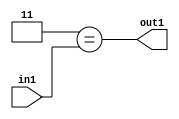
`timescale 1ps / 1ps
/*****************************************************************************
    Verilog RTL Description
    
    
    Created by: Stratus DpOpt 2019.1.01 
*******************************************************************************/

module in_buff_Eqi3u3_1 (
	in1,
	out1
	); /* architecture "behavioural" */ 
input [2:0] in1;
output  out1;
wire  asc001;

assign asc001 = (8'B00000011==in1);

assign out1 = asc001;
endmodule

/* CADENCE  urf5QgA= : u9/ySgnWtBlWxVPRXgAZ4Og= ** DO NOT EDIT THIS LINE ******/